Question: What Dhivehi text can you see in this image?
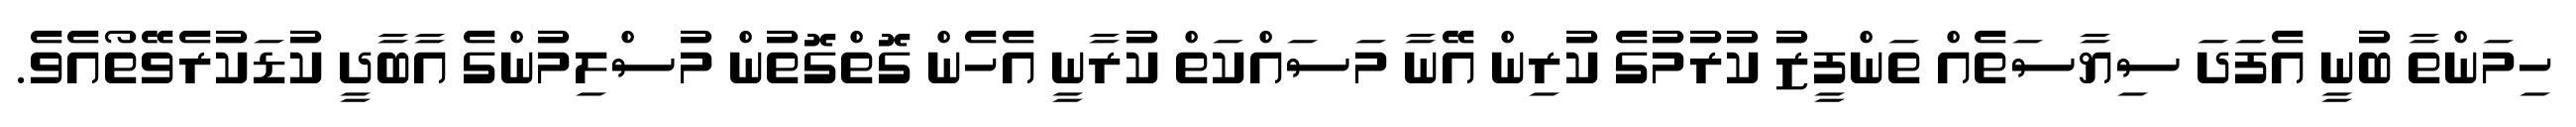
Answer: ހިމަންތާ ބުނީ އެފަދަ ސިޔާސަތެއް ތަންފީޒު ކުރުމުގެ ކުރިން އޭނާ މަސައްކަތް ކުރާނީ އެހެން ގޮތްގޮތުން މުސްލިމުންގެ އާބާދީ ކުޑަކުރެވޭތޯއެވެ.